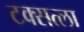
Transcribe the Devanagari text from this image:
टक्सत्ला